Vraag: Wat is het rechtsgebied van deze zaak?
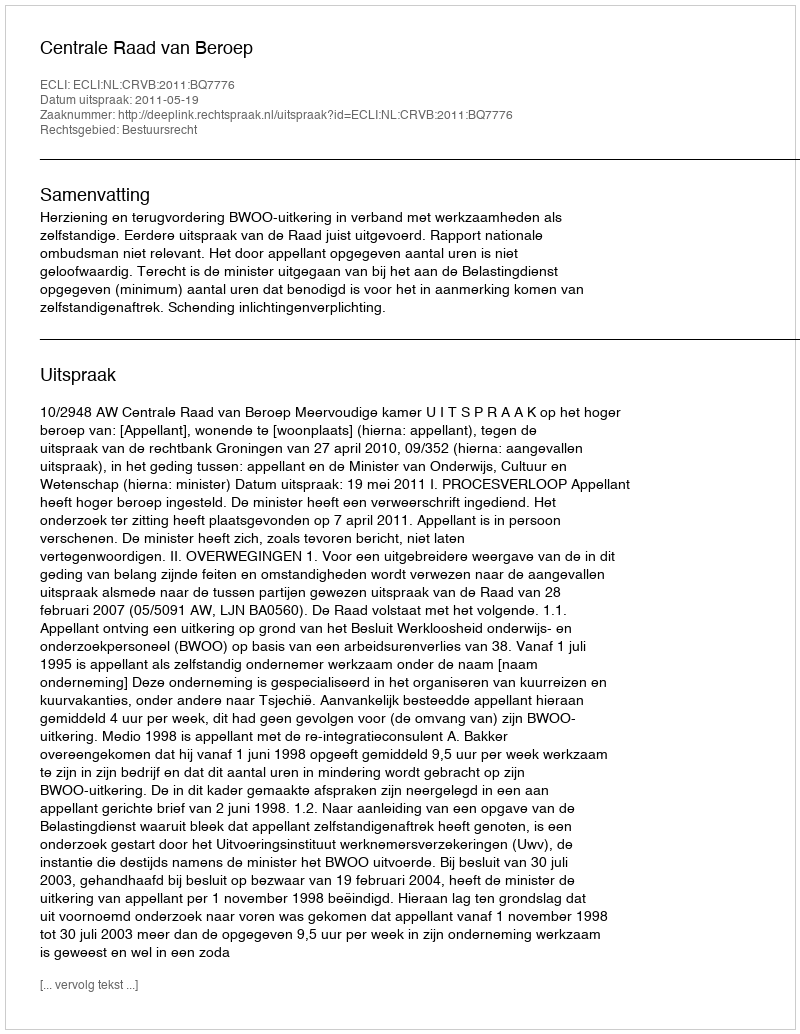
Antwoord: Bestuursrecht